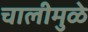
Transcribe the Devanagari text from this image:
चालीमुळे